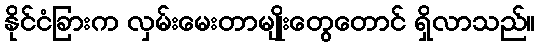
နိုင်ငံခြားက လှမ်းမေးတာမျိုးတွေတောင် ရှိလာသည်။